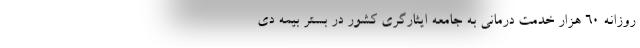
روزانه 60 هزار خدمت درمانی به جامعه ایثارگری کشور در بستر بیمه دی